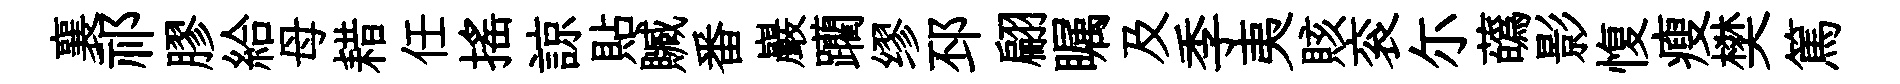
襄祁膠給母耤任搖諒貼贓番巖躪缪邳翩瞩及季夷賅衮尓蘤影愎瘦樊篤